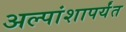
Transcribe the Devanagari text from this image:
अल्पांशापर्यंत